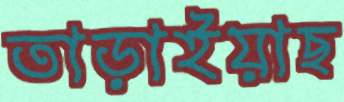
তাড়াইয়াছ